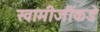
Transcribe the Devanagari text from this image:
स्वामीजींकडे